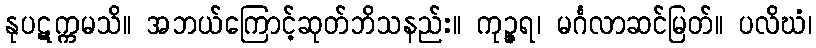
နုပဋက္ကမသိ။ အဘယ်ကြောင့်ဆုတ်ဘိသနည်း။ ကုဉ္ဇရ၊ မင်္ဂလာဆင်မြတ်။ ပလိဃံ၊